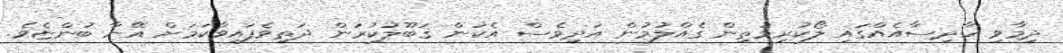
ދިމާވި ހާދިސާއެއްގައި ލޯކުރިމަތިން ގެއްލުމުން އަދިވެސް އެކަން ޤަބޫލުކުރަން ދަތިވެފައިވާކަމަށް އޭނާ ބުންޏެވެ.